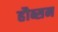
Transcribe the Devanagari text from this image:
हौब्सन